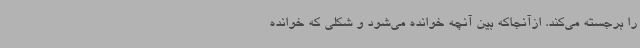
را برجسته می‌کند. ازآنجاکه بین آنچه خوانده می‌شود و شکلی که خوانده